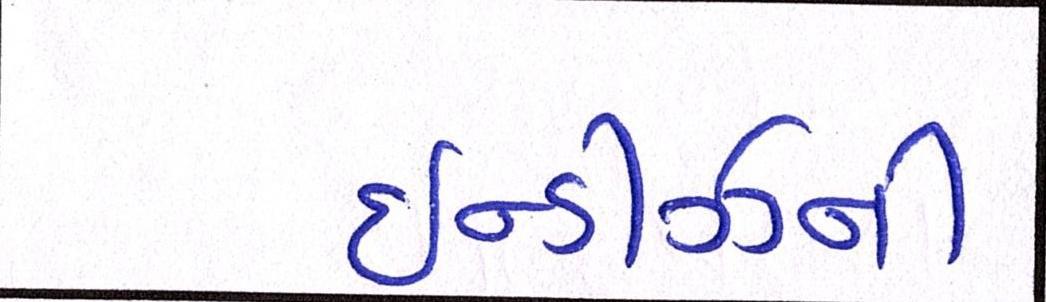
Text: ઇન્ડીઝની